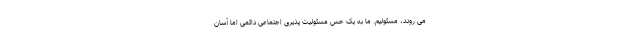
می روند، مسئولیم. ما به یک حس مسئولیت پذیری اجتماعی دائمی اما آسان